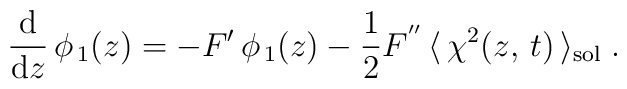
\frac{{\rm d}}{{\rm d} z}\, \phi_{\,1} (z) = -F^{\prime}\,\phi_{\,1} (z) -{1 \over 2} F^{''} \,\langle\,\chi^2(z,\, t)\, \rangle_{\rm sol}\;.